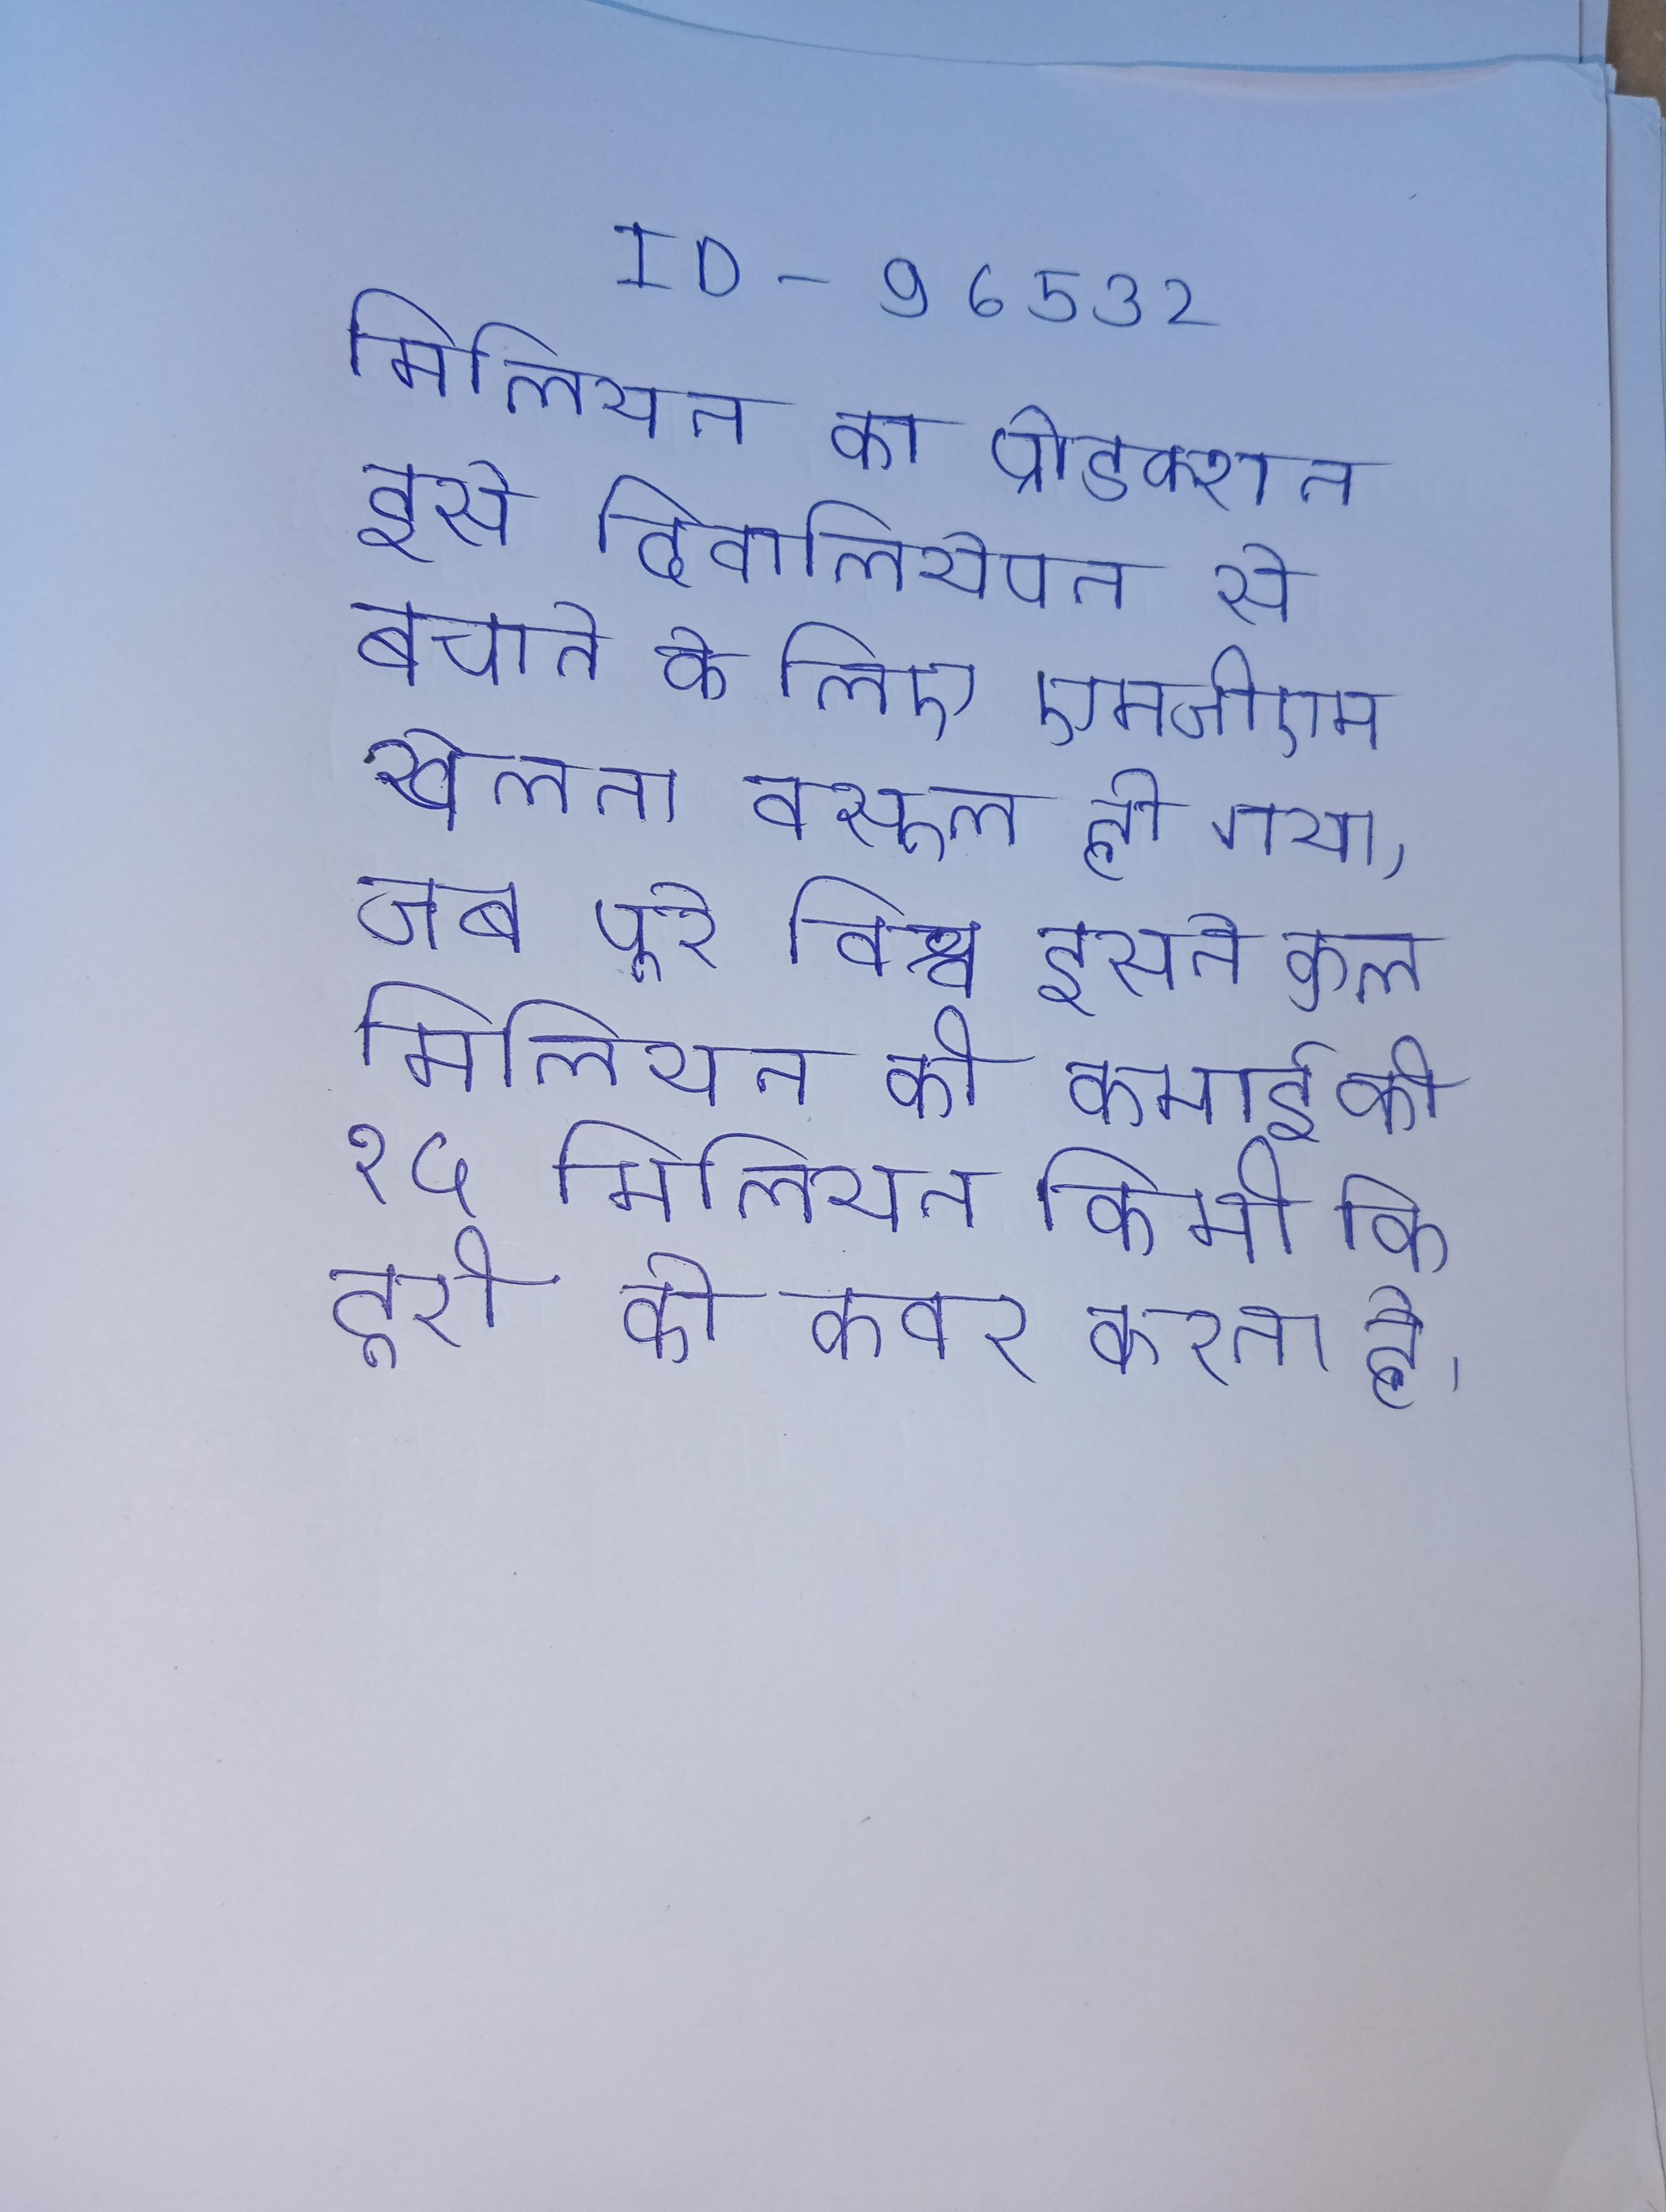
मिलियन का प्रोडक्शन इसे दिवालियेपन से बचाने के लिए एमजीएम द्वारा खेला गया एक जुआ था, लेकिन यह जुआ खेलना वसूल हो गया, जब पूरे विश्व इसने कुल मिलियन की कमाई की । १५ मिलियन किमी की दूरी को कवर करता है ।